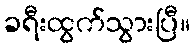
ခရီးထွက်သွားပြီ။